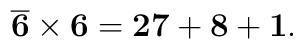
\mathbf{\overline{6} \times 6 = 27 + 8 + 1.}